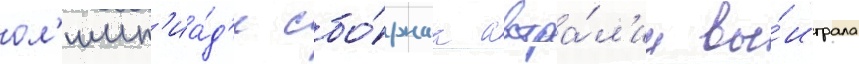
ол'имп'иа́д'е сбо́рнаа австра́л'ии вы́играла